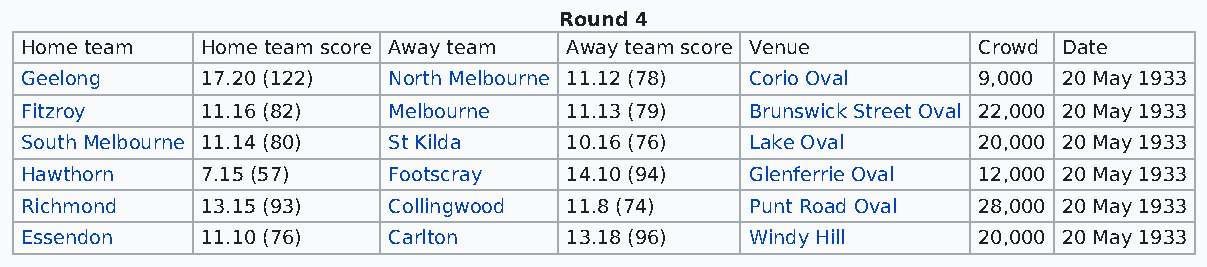
Round 4
 Home team   Home team score Away team Away team score Venue     Crowd Date
 Geelong     17.20 (122)  North Melbourne 11.12 (78) Corio Oval  9,000 20 May 1933
 Fitzroy     11.16 (82)   Melbourne  11.13 (79)   Brunswick Street Oval 22,000 20 May 1933
 South Melbourne 11.14 (80) St Kilda 10.16 (76)   Lake Oval      20,000 20 May 1933
 Hawthorn    7.15 (57)    Footscray  14.10 (94)   Glenferrie Oval 12,000 20 May 1933
 Richmond    13.15 (93)   Collingwood 11.8 (74)   Punt Road Oval 28,000 20 May 1933
 Essendon    11.10 (76)   Carlton    13.18 (96)   Windy Hill     20,000 20 May 1933